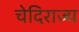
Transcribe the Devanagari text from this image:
चेदिराज्य